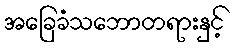
အခြေခံသဘောတရားနှင့်